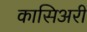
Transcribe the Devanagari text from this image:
कासिअरी